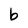
Character: b